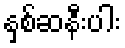
နှစ်ဆနီးပါး